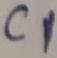
Text: C1